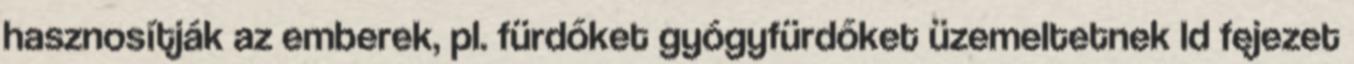
hasznosítják az emberek, pl. fürdőket gyógyfürdőket üzemeltetnek ld fejezet